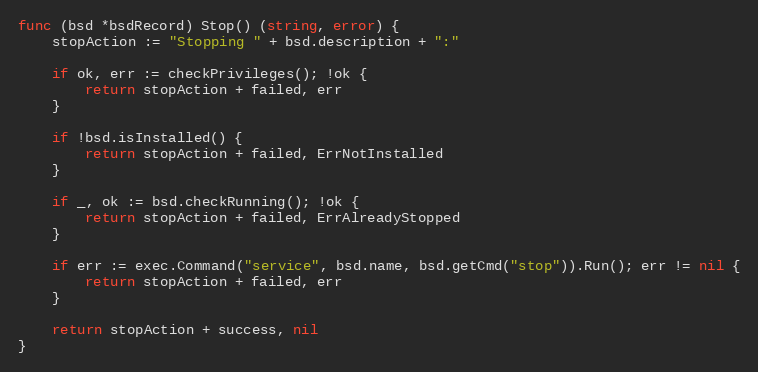
Language: Go
func (bsd *bsdRecord) Stop() (string, error) {
	stopAction := "Stopping " + bsd.description + ":"

	if ok, err := checkPrivileges(); !ok {
		return stopAction + failed, err
	}

	if !bsd.isInstalled() {
		return stopAction + failed, ErrNotInstalled
	}

	if _, ok := bsd.checkRunning(); !ok {
		return stopAction + failed, ErrAlreadyStopped
	}

	if err := exec.Command("service", bsd.name, bsd.getCmd("stop")).Run(); err != nil {
		return stopAction + failed, err
	}

	return stopAction + success, nil
}